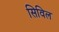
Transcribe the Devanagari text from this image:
सिविल